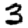
Digit: 3